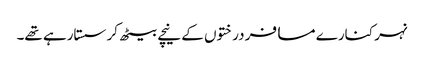
نہر کنارے مسافر درختوں کے نیچے بیٹھ کر سستارہے تھے۔